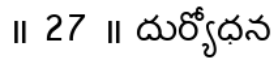
॥ 27 ॥ దుర్యోధన